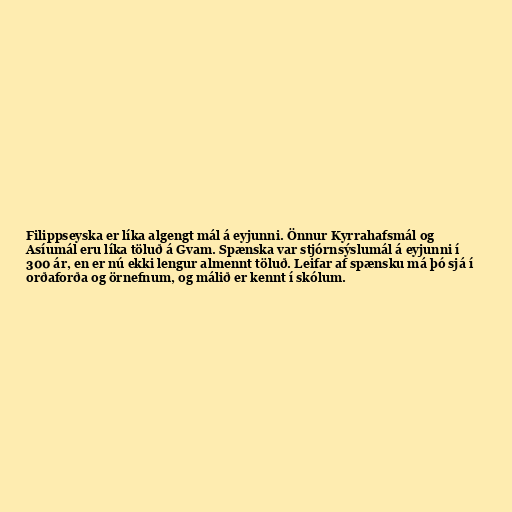
Filippseyska er líka algengt mál á eyjunni. Önnur Kyrrahafsmál og
Asíumál eru líka töluð á Gvam. Spænska var stjórnsýslumál á eyjunni í
300 ár, en er nú ekki lengur almennt töluð. Leifar af spænsku má þó sjá í
orðaforða og örnefnum, og málið er kennt í skólum.